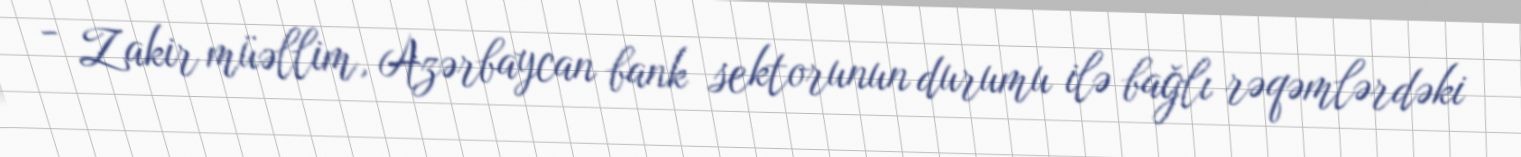
- Zakir müəllim, Azərbaycan bank sektorunun durumu ilə bağlı rəqəmlərdəki